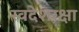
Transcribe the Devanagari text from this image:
स्वदेशरक्षा